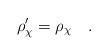
LaTeX: \begin{align*} \rho'_{\chi} = \rho_{\chi} \quad .\end{align*}